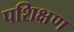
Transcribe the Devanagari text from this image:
पशिक्षण